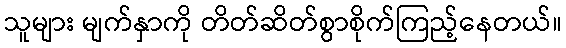
သူများ မျက်နှာကို တိတ်ဆိတ်စွာစိုက်ကြည့်နေတယ်။